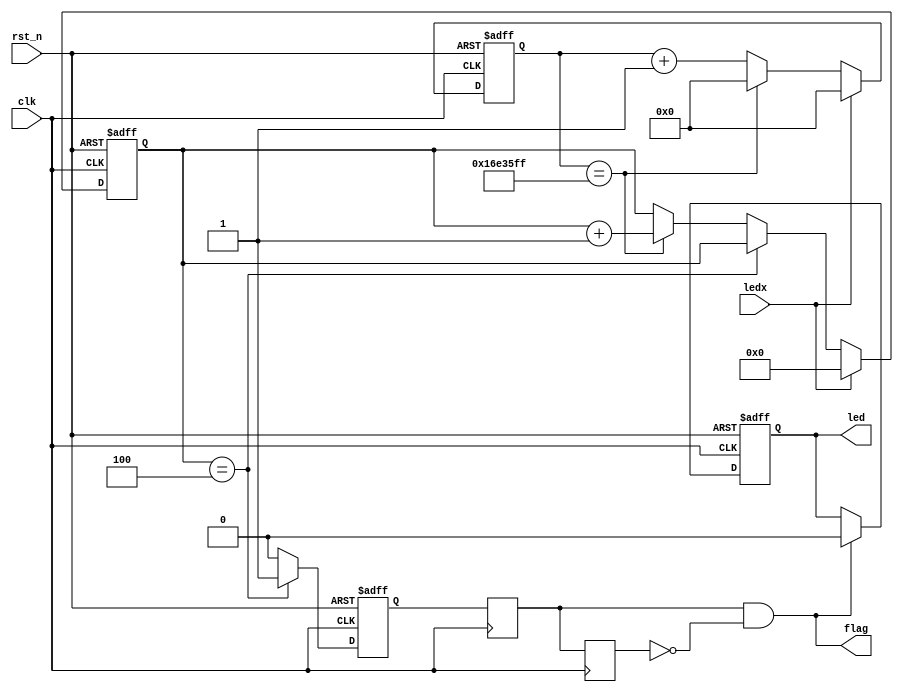
module judge(
  clk   ,
  rst_n ,
  ledx  ,
  flag  ,
  led
);

input  clk  ;
input  rst_n;
input  ledx ;


output   flag ;
output   reg led;


reg temp1;
reg temp2;
reg [27:0]cnt;
reg en_me_t;
reg [3:0]count;

assign flag = temp1 & (~temp2);

always @(posedge clk)
    temp1 <= en_me_t;
always @(posedge clk)
    temp2 <= temp1;


always @(posedge clk or negedge rst_n)
    if(!rst_n)
        cnt <= 0;
    else if(ledx == 1'b0)
        if(cnt == 23999999)
            cnt <= 0;
        else 
            cnt <= cnt +1'b1;
    else 
        cnt <= 0;
       
always @(posedge clk or negedge rst_n)
    if(!rst_n)
        count <= 0;
    else if(ledx == 1'b0)
        if(count == 4)
            count <= count;
        else if(cnt == 23999999)
            count <= count + 1'b1;
        else 
            count <= count;     
    else 
        count <= 0;
        
always @(posedge clk or negedge rst_n)
    if(!rst_n)
        en_me_t <= 0;
    else if(count == 4)
        en_me_t <= 1;
    else 
        en_me_t <= 0; 
         
always @(posedge clk or negedge rst_n)
    if(!rst_n)
        led <= 1;
    else if(flag)
        led <= 0;
    else 
        led <= led;         
endmodule